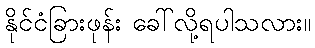
နိုင်ငံခြားဖုန်း ခေါ်လို့ရပါသလား။